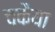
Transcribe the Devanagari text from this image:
चकैया